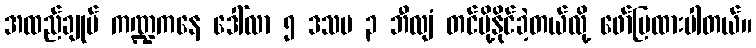
အထည်ချုပ် ကဏ္ဍကနေ ဒေါ်လာ ၅ ဒသမ ၃ ဘီလျံ တင်ပို့နိုင်ခဲ့တယ်လို့ ဖော်ပြထားပါတယ်။